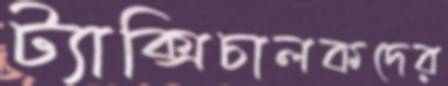
ট্যাক্সিচালকদের